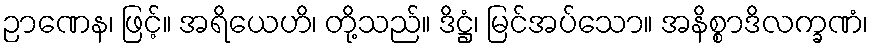
ဉာဏေန၊ ဖြင့်။ အရိယေဟိ၊ တို့သည်။ ဒိဋ္ဌံ၊ မြင်အပ်သော။ အနိစ္စာဒိလက္ခဏံ၊